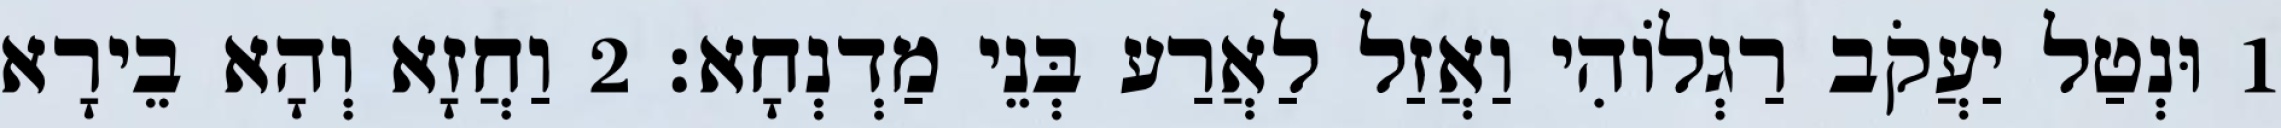
1 וּנְטַל יַעֲקֹב רַגְלוֹהִי וַאֲזַל לַאֲרַע בְּנֵי מַדְנְחָא׃ 2 וַחֲזָא וְהָא בֵירָא